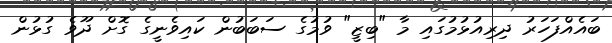
ބައެއްފަހަރު ދިރިއުޅުމުގައި މާ "ބިޒީ" ވުމުގެ ސަބަބުން ކައިވެނީގެ ގޮށް ދޫވެ ގުޅުން